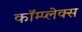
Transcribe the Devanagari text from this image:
कॉम्‍प्‍लेक्‍स